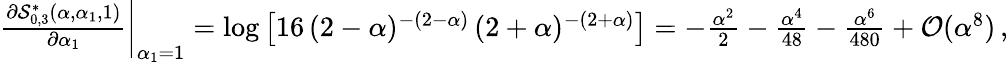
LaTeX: \begin{array}{r}{{\frac{\partial\mathcal{S}_{0,3}^{\ast}(\alpha,\alpha_{1},1)}{\partial\alpha_{1}}}\bigg|_{\alpha_{1}=1}=\log\left[{16\, (2-\alpha)^{-(2-\alpha)}\, (2+\alpha)^{-(2+\alpha)}}\right]=-{\frac{\alpha^{2}}{2}}-{\frac{\alpha^{4}}{48}}-{\frac{\alpha^{6}}{480}}+\mathcal{O}(\alpha^{8})\, ,}\end{array}